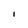
Character: l